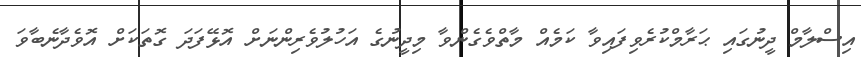
އިސްލާމް ދީނުގައި ޙަރާމްކުރެވިފައިވާ ކަމެއް މާތްވެގެންވާ މިދީނުގެ އަހުލުވެރިންނަށް އޮޅޭފަދަ ގޮތަކަށް އޮވެދާނެބާވަ